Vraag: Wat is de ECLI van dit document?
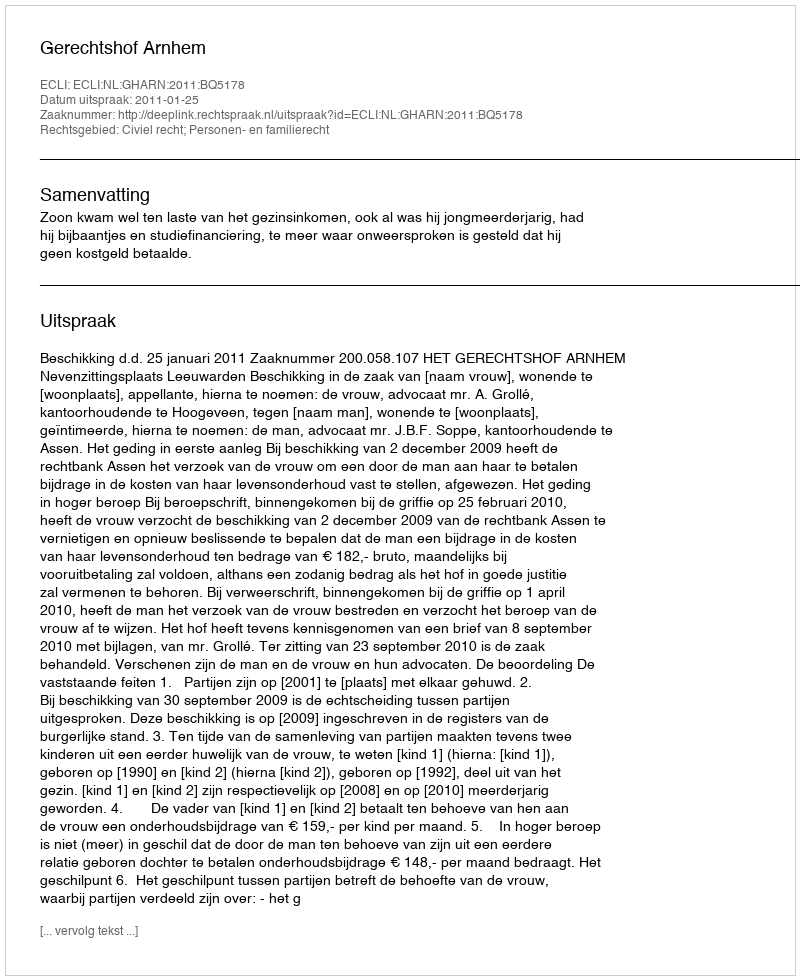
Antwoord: ECLI:NL:GHARN:2011:BQ5178